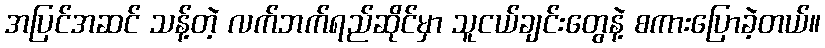
အပြင်အဆင် သန့်တဲ့ လက်ဘက်ရည်ဆိုင်မှာ သူငယ်ချင်းတွေနဲ့ စကားပြောခဲ့တယ်။